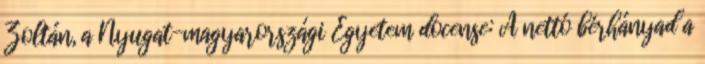
Zoltán, a Nyugat-magyarországi Egyetem docense: A nettó bérhányad a